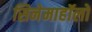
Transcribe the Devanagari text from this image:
सिनेमाहॉलों